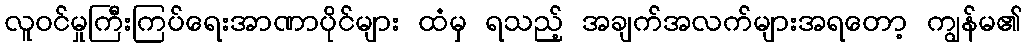
လူဝင်မှုကြီးကြပ်ရေးအာဏာပိုင်များ ထံမှ ရသည့် အချက်အလက်များအရတော့ ကျွန်မ၏